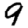
Digit: 9